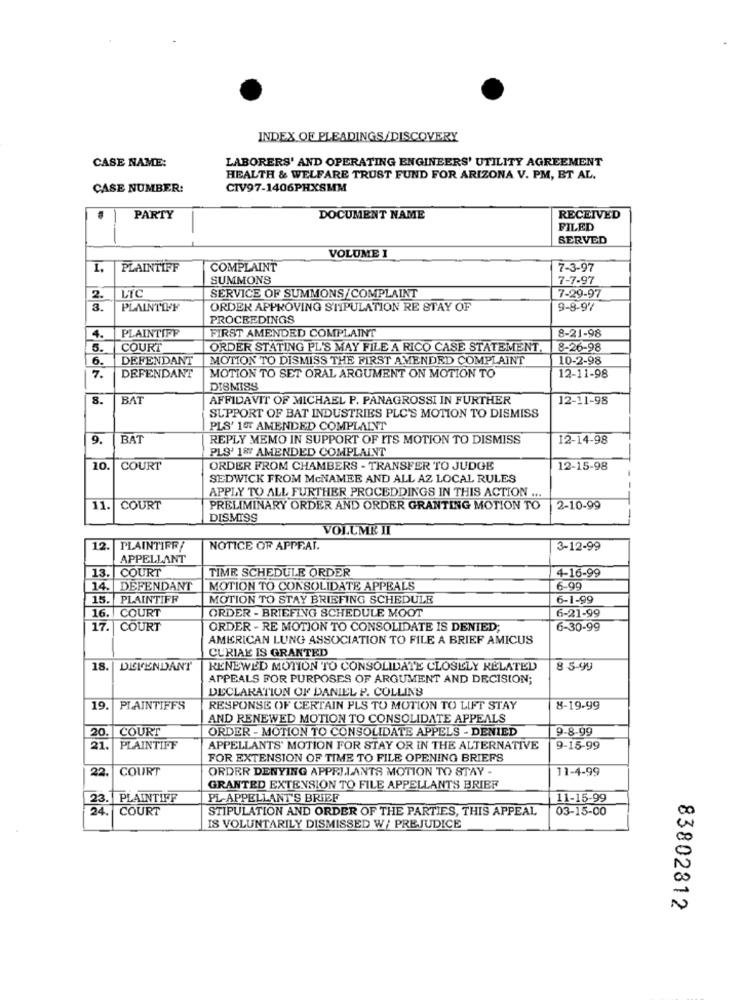
INDEX OF PLEADINGS/DISCOVERY
LABORERS' AND OPERATING ENGINEERS' UTILITY AGREEMENT
CASE NAME:
HEALTH & WELFARE TRUST FUND FOR ARIZONA V. PM, ET AL.
CASE NUMBER:
CIV97-1406PHX8MM
PARTY
DOCUMENT NAME
RECEIVED
FILED
SERVED
VOLUME 1
1.
PLAINTIFF
COMPLAINT
7-3-97
SUMMONS
7-7-97
SERVICE OF SUMMONS/COMPLAINT
2.
LTC
7-29-97
3.
PLAINTIFF
ORDER APPROVING STIPULATION RE STAY OF
9-8-97
PROCEEDINGS
4.
PLAINTIFF
8-21-98
FIRST AMENDED COMPLAINT
5.
COURT
ORDER STATING PL'S MAY FILE A RICO CASE STATEMENT.
8-26-98
6.
DEFENDANT
MOTION TO DISMISS THE FIRST AMENDED COMPLAINT
10-2-98
DEFENDANT
MOTION TO SET ORAL ARGUMENT ON MOTION TO
7.
12-11-98
DISMISS
8.
BAT
AFFIDAVIT OF MICHAEL P. PANAGROSSI IN FURTHER
12-11-98
SUPPORT OF BAT INDUSTRIES PLC'S MOTION TO DISMISS
PLS' 16T AMENDED COMPLAINT
9.
BAT
REPLY MEMO IN SUPPORT OF ITS MOTION TO DISMISS
12-14-98
PLS' 18 AMENDED COMPLAINT
10.
COURT
ORDER FROM CHAMBERS - TRANSFER TO JUDGE
12-15-98
SEDWICK FROM McNAMEE AND ALL AZ LOCAL RULES
APPLY TO ALL FURTHER PROCEDDINGS IN THIS ACTION ...
11
COURT
PRELIMINARY ORDER AND ORDER GRANTING MOTION TO
2-10-99
DISMISS
VOLUME II
12.
PLAINTIFF!
NOTICE OF APPEAL.
3-12-99
APPELLANT
13.
COURT
TIME SCHEDULE ORDER
4-16-99
14.
DEFENDANT
MOTION TO CONSOLIDATE APPEALS
6-99
15.
PLAINTIFF
MOTION TO STAY BRIEFING SCHEDULE
6-1-99
ORDER - BRIEFING SCHEDULE MOOT
6-21-99
16.
COURT
17.
COURT
ORDER - RE MOTION TO CONSOLIDATE IS DENIED;
6-30-99
AMERICAN LUNG ASSOCIATION TO FILE A BRIEF AMICUS
CURIAL IS GRANTED
18.
DEFENDANT
RENEWED MOTION TO CONSOLIDATE CLOSELY RELATED
8 5-99
APPEALS FOR PURPOSES OF ARGUMENT AND DECISION;
DECLARATION OF DANIEL P. COLLINS
19
PLAINTIFFS
RESPONSE OF CERTAIN PLS TO MOTION TO LIFT STAY
8-19.99
AND RENEWED MOTION TO CONSOLIDATE APPEALS
COURT
ORDER - MOTION TO CONSOLIDATE APPELS - DENIED
9-8-99
20
21.
PLAINTIFF
APPELLANTS' MOTION FOR STAY OR IN THE ALTERNATIVE
9-15-99
FOR EXTENSION OF TIME TO FILE OPENING BRIEFS
22.
COURT
ORDER DENYING APPRIJANTA MOTION TO STAY -
11-4-99
GRANTED EXTENSION TO FILE APPELLANTS BRIEF
23.
PLAINTIFF
PL-APPELLANT'S BRIEF
11-15-99
24
COURT
STIPULATION AND ORDER OF THE PARTIES, THIS APPEAL
03-15-00
IS VOLUNTARILY DISMISSED W/ PREJUDICE
83802812